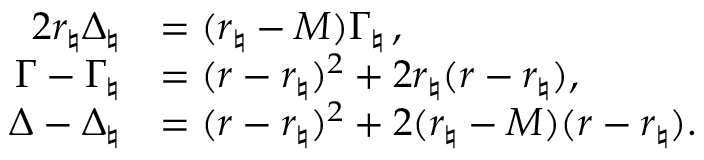
\begin{array} { r l } { 2 r _ { \natural } \Delta _ { \natural } } & { = ( r _ { \natural } - M ) \Gamma _ { \natural } \, , } \\ { \Gamma - \Gamma _ { \natural } } & { = ( r - r _ { \natural } ) ^ { 2 } + 2 r _ { \natural } ( r - r _ { \natural } ) , } \\ { \Delta - \Delta _ { \natural } } & { = ( r - r _ { \natural } ) ^ { 2 } + 2 ( r _ { \natural } - M ) ( r - r _ { \natural } ) . } \end{array}